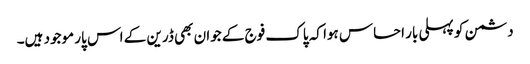
دشمن کو پہلی بار احساس ہوا کہ پاک فوج کے جوان بھی ڈرین کے اس پار موجود ہیں۔